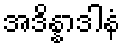
အဒိန္နာဒါနံ